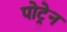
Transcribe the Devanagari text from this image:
पोट्रेन